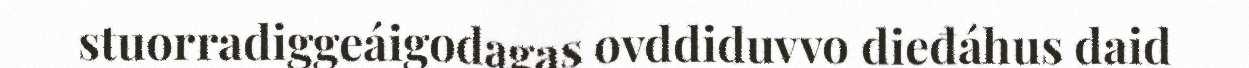
stuorradiggeáigodagas ovddiduvvo dieđáhus daid